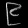
Digit: ၉